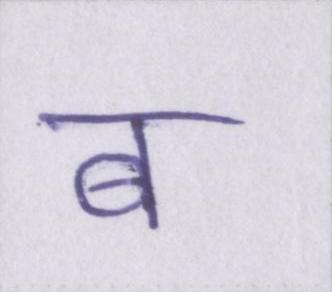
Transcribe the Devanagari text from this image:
ब